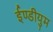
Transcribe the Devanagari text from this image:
ईण्डीयुम